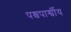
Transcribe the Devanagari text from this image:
पश्चपार्श्वीय